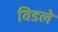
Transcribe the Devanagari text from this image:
विडले